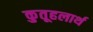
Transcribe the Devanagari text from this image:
कुतूहलार्थ